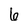
Character: 6